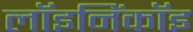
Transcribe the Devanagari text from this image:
लॉइनिंकॉइ